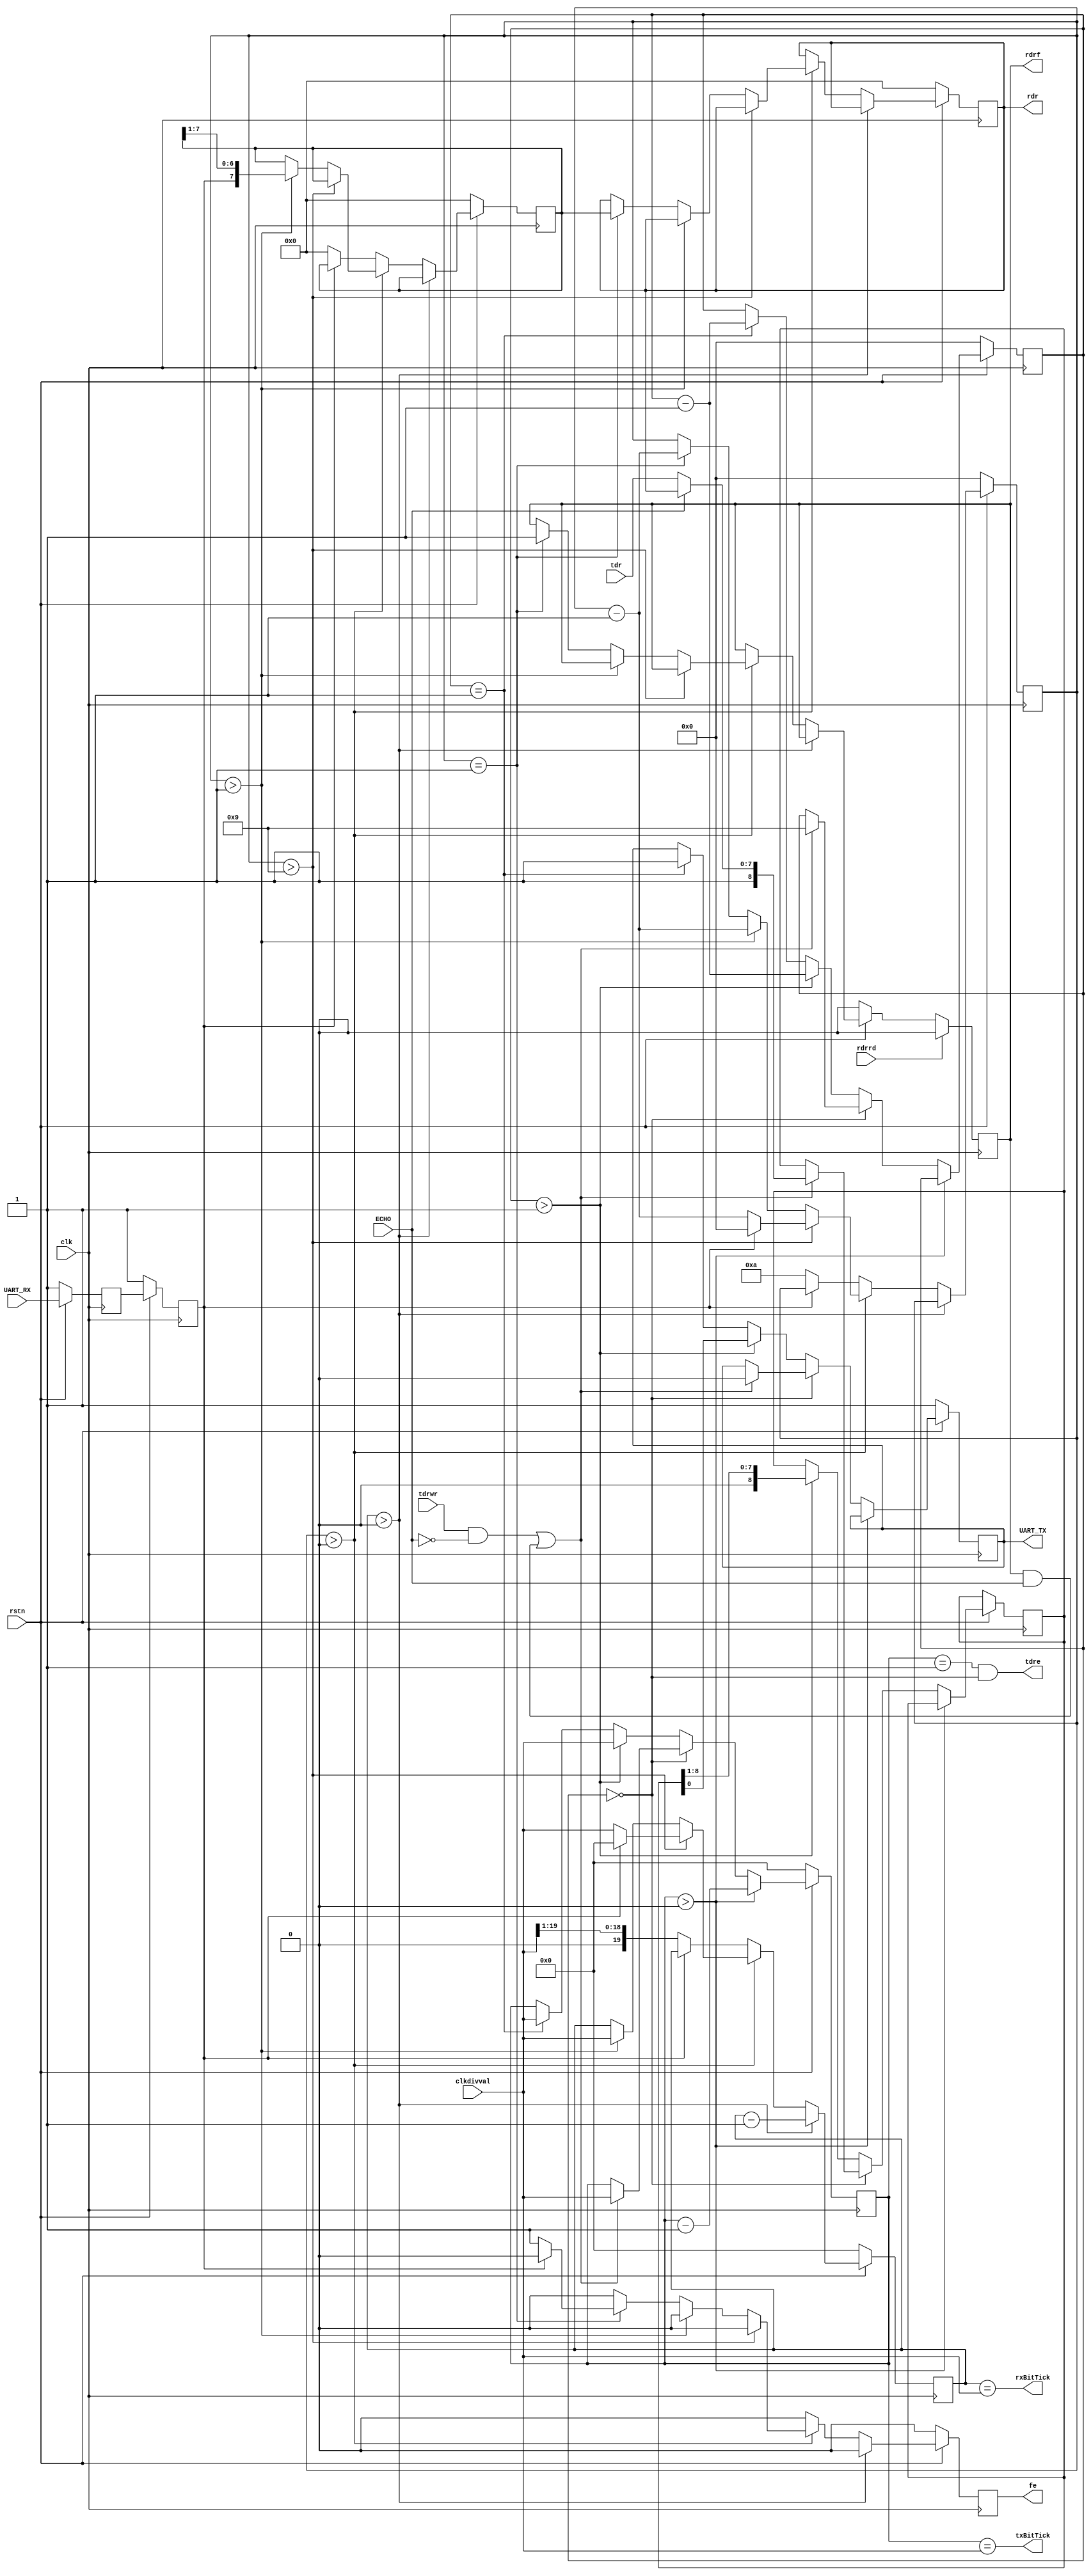
// This program was cloned from: https://github.com/hacksterous/Zed80
// License: GNU General Public License v3.0

//(C) Anirban Banerjee 2024
//License: GNU GPL (3)
//For FPGA implementation
//Used in JE6850
//Basic UART without FIFOs


/*
Plan to implement parity:

	{ws2,	ws1,	ws0}
	-- all others --	--> 8N1
	1		0		1	--> 8N1
	1		1		0	-->	8E1
	1		1		1	-->	8O1

*/

`timescale 1ns/1ps
module uart (
	ECHO,
	clk,
	rstn, //synchronous reset
	UART_TX,
	UART_RX,
	clkdivval,
	rdr,
	rdrrd,
	rdrf, //Receive data register full
	tdr,
	tdrwr,
	tdre,
	fe,
	rxBitTick,
	txBitTick);

	`define DATA_WIDTH 4'd8

	input ECHO; //echos UART_RX to UART_TX
	input clk, rstn;
	output UART_TX;
	input UART_RX;
	output [`DATA_WIDTH-1:0] rdr; //data received from serial
	input rdrrd; //receive data register read
	output rdrf;
	input [`DATA_WIDTH-1:0] tdr; //data to be sent out on serial
	input tdrwr;
	output tdre; //tdr empty
	output fe; //receive buffer overflow or other error
	input [19:0] clkdivval;
	output rxBitTick;
	output txBitTick;

	reg uartRxR0;
	reg uartRxReg;
	reg fe;
	reg [`DATA_WIDTH-1:0] rxDataReg;
	reg rdrf;
	reg [19:0] rxClockDividerReg;
	reg [3:0] rxBitCount;
	
	reg uartTxReg;
	reg [`DATA_WIDTH:0] txDataReg;
	reg [19:0] txClockDividerReg;
	reg [3:0] txBitCount;

	reg [`DATA_WIDTH-1:0] rdr;

	always @(posedge clk) begin
	    if (~rstn) begin
	        uartRxR0 <= #1 1'b1;
	        uartRxReg <= #1 1'b1;
	        rxClockDividerReg <= #1 20'h0;
	        rxBitCount <= #1 4'h0;
			rxDataReg <= #1 {`DATA_WIDTH{1'b0}};
	        fe <= #1 1'b0;
			rdr <= #1 {`DATA_WIDTH{1'b0}};
	        rdrf <= #1 1'b0;
	    end else begin
	        uartRxR0 <= #1 UART_RX;
			uartRxReg <= #1 uartRxR0;
	        fe <= #1 1'b0;
	        if (rxClockDividerReg > 20'h0) begin
	            rxClockDividerReg <= #1 rxClockDividerReg - 1'b1;
	        end else if (rxBitCount > 4'h0) begin
	            if (rxBitCount > `DATA_WIDTH+1) begin
					//start
	                if (~uartRxReg) begin
	                    rxBitCount <= #1 rxBitCount - 1'b1;
	                    rxClockDividerReg <= #1 clkdivval;
	                end else begin
	                    rxBitCount <= #1 4'h0;
	                    rxClockDividerReg <= #1 20'h0;
	                end
	            end else if (rxBitCount > 4'h1) begin
					//data
	                rxBitCount <= #1 rxBitCount - 1'b1;
	                rxClockDividerReg <= #1 clkdivval;
	                rxDataReg <= #1 {uartRxReg, rxDataReg[`DATA_WIDTH-1:1]};
	            end else if (rxBitCount == 4'h1) begin
					//stop
	                rxBitCount <= #1 rxBitCount - 1'b1;
	                if (~uartRxReg) begin
						//missing stop bit frame error
	                    fe <= #1 1'b1;
	                end
					rdr <= #1 rxDataReg;
					rdrf <= #1 1'b1;
	            end
	        end else begin
	            if (~uartRxReg) begin
					//pre-start
	                rxClockDividerReg <= #1 {1'b0, clkdivval[19:1]};
	                rxBitCount <= #1 `DATA_WIDTH+2;
	                rxDataReg <= #1 {`DATA_WIDTH{1'b0}};
	            end
	        end
	    end
		if (rdrrd) rdrf <= #1 1'b0;
	end

	wire rxDone = (rxBitCount == 1'b1) & (rxClockDividerReg == 20'h0);

	always @(posedge clk) begin
	    if (~rstn) begin
	        uartTxReg <= #1 1'b1;
	        txClockDividerReg <= #1 20'b0;
	        txBitCount <= #1 4'h0;
	    end else begin
	        if (txClockDividerReg > 20'h0) begin
	            txClockDividerReg <= #1 txClockDividerReg - 1'b1;
	        end else if (txBitCount == 4'h0) begin
				//start
				if (tdrwr & ~ECHO | rdrf & ECHO) begin
					txClockDividerReg <= #1 clkdivval;
					txBitCount <= #1 `DATA_WIDTH + 1'b1;
					txDataReg <= #1 {1'b1, (ECHO)? rdr: tdr};
					uartTxReg <= #1 1'b0;
				end
	        end else begin
	            if (txBitCount > 4'h1) begin
					//data
	                txBitCount <= #1 txBitCount - 1'b1;
	                txClockDividerReg <= #1 clkdivval;
	                {txDataReg, uartTxReg} <= #1 {1'b0, txDataReg};
	            end else if (txBitCount == 4'h1) begin
					//stop
	                txBitCount <= #1 txBitCount - 1'b1;
	                txClockDividerReg <= #1 clkdivval;
	                uartTxReg <= #1 1'b1;
	            end
	        end
	    end
	end
	assign UART_TX = uartTxReg;
	assign rxBitTick = (rxClockDividerReg == clkdivval);
	assign txBitTick = (txClockDividerReg == clkdivval);
	assign tdre = (txClockDividerReg == 20'h1) & (txBitCount == 4'h0); //done with Tx
endmodule